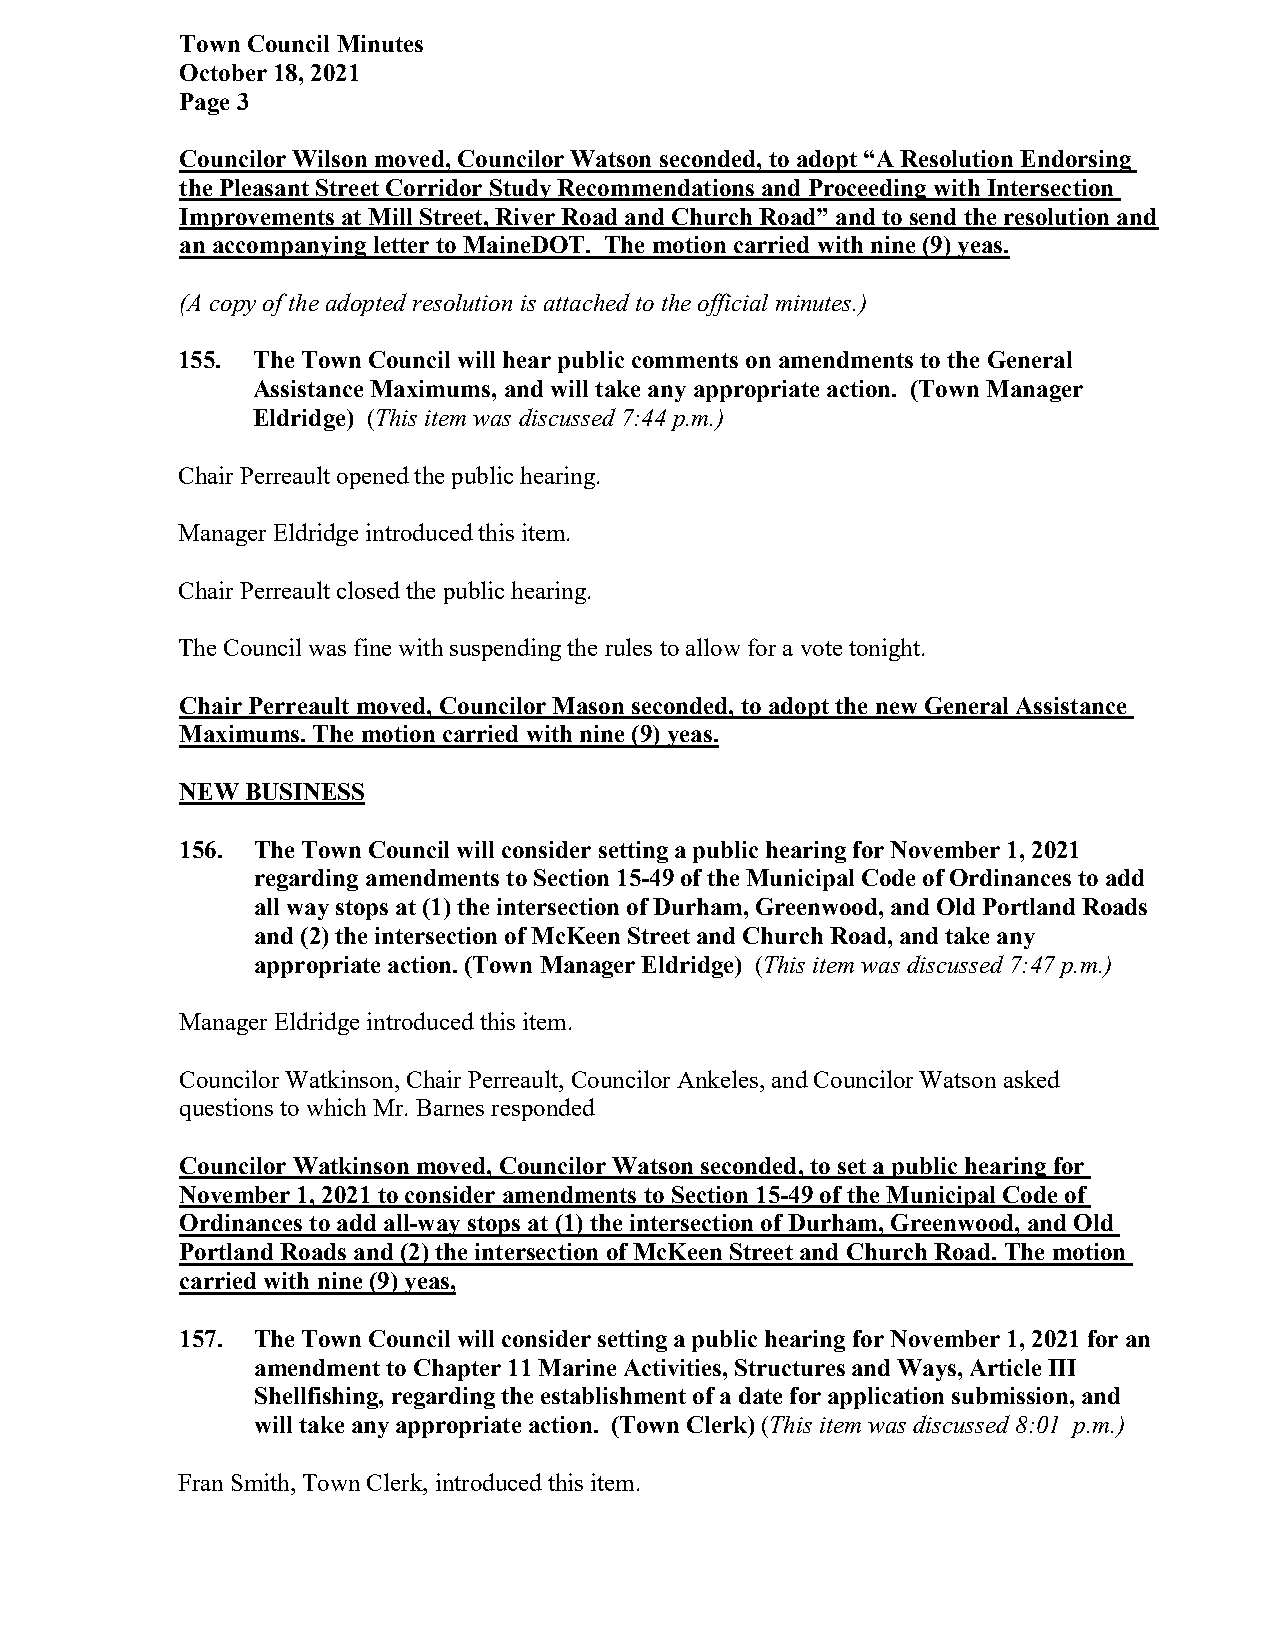
Town Council Minutes
 October 18, 2021
 Page 3
 Councilor Wilson moved, Councilor Watson seconded, to adopt “A Resolution Endorsing
 the Pleasant Street Corridor Study Recommendations and Proceeding with Intersection
 Improvements at Mill Street, River Road and Church Road” and to send the resolution and
 an accompanying letter to MaineDOT. The motion carried with nine (9) yeas.
 (A copy of the adopted resolution is attached to the official minutes.)
 155. The Town Council will hear public comments on amendments to the General
 Assistance Maximums, and will take any appropriate action. (Town Manager
 Eldridge) (This item was discussed 7:44 p.m.)
 Chair Perreault opened the public hearing.
 Manager Eldridge introduced this item.
 Chair Perreault closed the public hearing.
 The Council was fine with suspending the rules to allow for a vote tonight.
 Chair Perreault moved, Councilor Mason seconded, to adopt the new General Assistance
 Maximums. The motion carried with nine (9) yeas.
 NEW BUSINESS
 156. The Town Council will consider setting a public hearing for November 1, 2021
 regarding amendments to Section 15-49 of the Municipal Code of Ordinances to add
 all way stops at (1) the intersection of Durham, Greenwood, and Old Portland Roads
 and (2) the intersection of McKeen Street and Church Road, and take any
 appropriate action. (Town Manager Eldridge) (This item was discussed 7:47 p.m.)
 Manager Eldridge introduced this item.
 Councilor Watkinson, Chair Perreault, Councilor Ankeles, and Councilor Watson asked
 questions to which Mr. Barnes responded
 Councilor Watkinson moved, Councilor Watson seconded, to set a public hearing for
 November 1, 2021 to consider amendments to Section 15-49 of the Municipal Code of
 Ordinances to add all-way stops at (1) the intersection of Durham, Greenwood, and Old
 Portland Roads and (2) the intersection of McKeen Street and Church Road. The motion
 carried with nine (9) yeas,
 157. The Town Council will consider setting a public hearing for November 1, 2021 for an
 amendment to Chapter 11 Marine Activities, Structures and Ways, Article III
 Shellfishing, regarding the establishment of a date for application submission, and
 will take any appropriate action. (Town Clerk) (This item was discussed 8:01 p.m.)
 Fran Smith, Town Clerk, introduced this item.